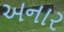
અનાર